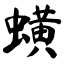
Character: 蟥